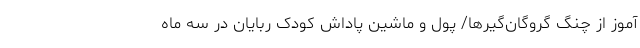
آموز از چنگ گروگان‌گیرها/ پول و ماشین پاداش کودک ربایان در سه ماه